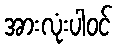
အားလုံးပါဝင်